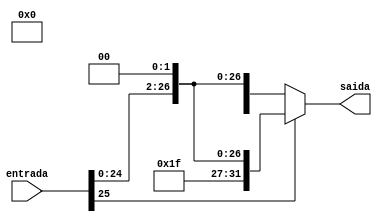
module Sign_extend_26_28(
  input wire [25:0] entrada,
  output wire [31:0] saida
);
reg [27:0] entradaAux;
assign entradaAux=entrada;
assign saida = (entrada[25] == 1'b1) ? { {4{1'b1}}, {entradaAux<<2} }: { {4'b0}, {entradaAux<<2}};
endmodule